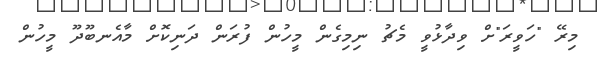
މިރޭ "ހަވީރަ"ށް ވިދާޅުވީ މެޗު ނިމިގެން މީހުން ފުރަން ދަނިކޮށް މާއެނބޫދޫ މީހުން